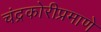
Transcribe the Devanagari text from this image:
चंद्रकोरीप्रमाणे